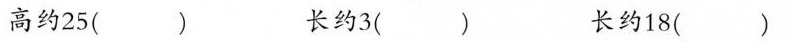
高约25() 长约3() 长约18()